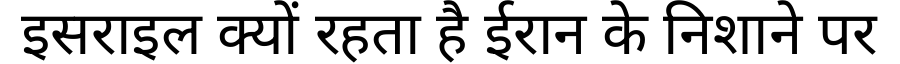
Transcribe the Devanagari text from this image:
इसराइल क्यों रहता है ईरान के निशाने पर